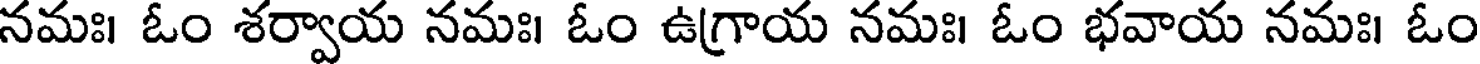
నమః। ఓం శర్వాయ నమః। ఓం ఉగ్రాయ నమః। ఓం భవాయ నమః। ఓం